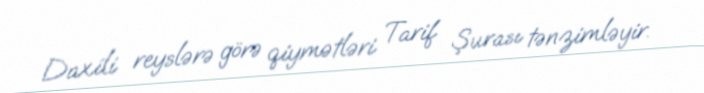
Daxili reyslərə görə qiymətləri Tarif Şurası tənzimləyir.